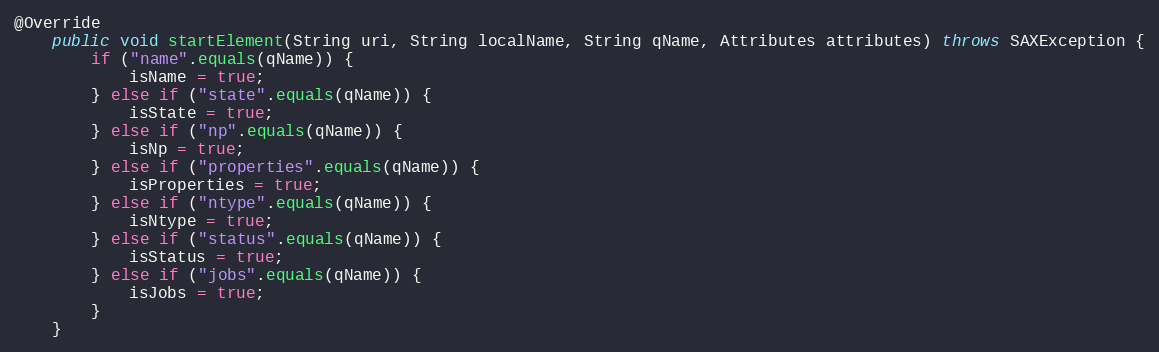
Language: Java
@Override
    public void startElement(String uri, String localName, String qName, Attributes attributes) throws SAXException {
        if ("name".equals(qName)) {
            isName = true;
        } else if ("state".equals(qName)) {
            isState = true;
        } else if ("np".equals(qName)) {
            isNp = true;
        } else if ("properties".equals(qName)) {
            isProperties = true;
        } else if ("ntype".equals(qName)) {
            isNtype = true;
        } else if ("status".equals(qName)) {
            isStatus = true;
        } else if ("jobs".equals(qName)) {
            isJobs = true;
        }
    }